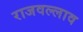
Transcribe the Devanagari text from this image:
राजवल्लाव